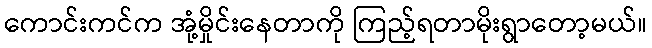
ကောင်းကင်က အုံ့မှိုင်းနေတာကို ကြည့်ရတာမိုးရွာတော့မယ်။